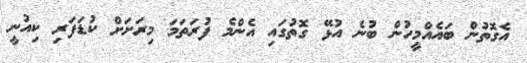
އެގޮތުން ބައެއްމީހުން ބުނެ އުޅޭ ގޮތުގައި އެންމެ ފުރަތަމަ މިރަށަށް ކުޑަފަރި ކިއުނީ